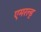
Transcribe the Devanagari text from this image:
एमरल्ड्